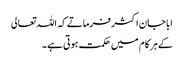
ابا جان اکثر فرماتے کہ اللہ تعالی
کے ہر کام میں حکمت ہوتی ہے ۔